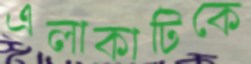
এলাকাটিকে